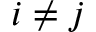
i \neq j